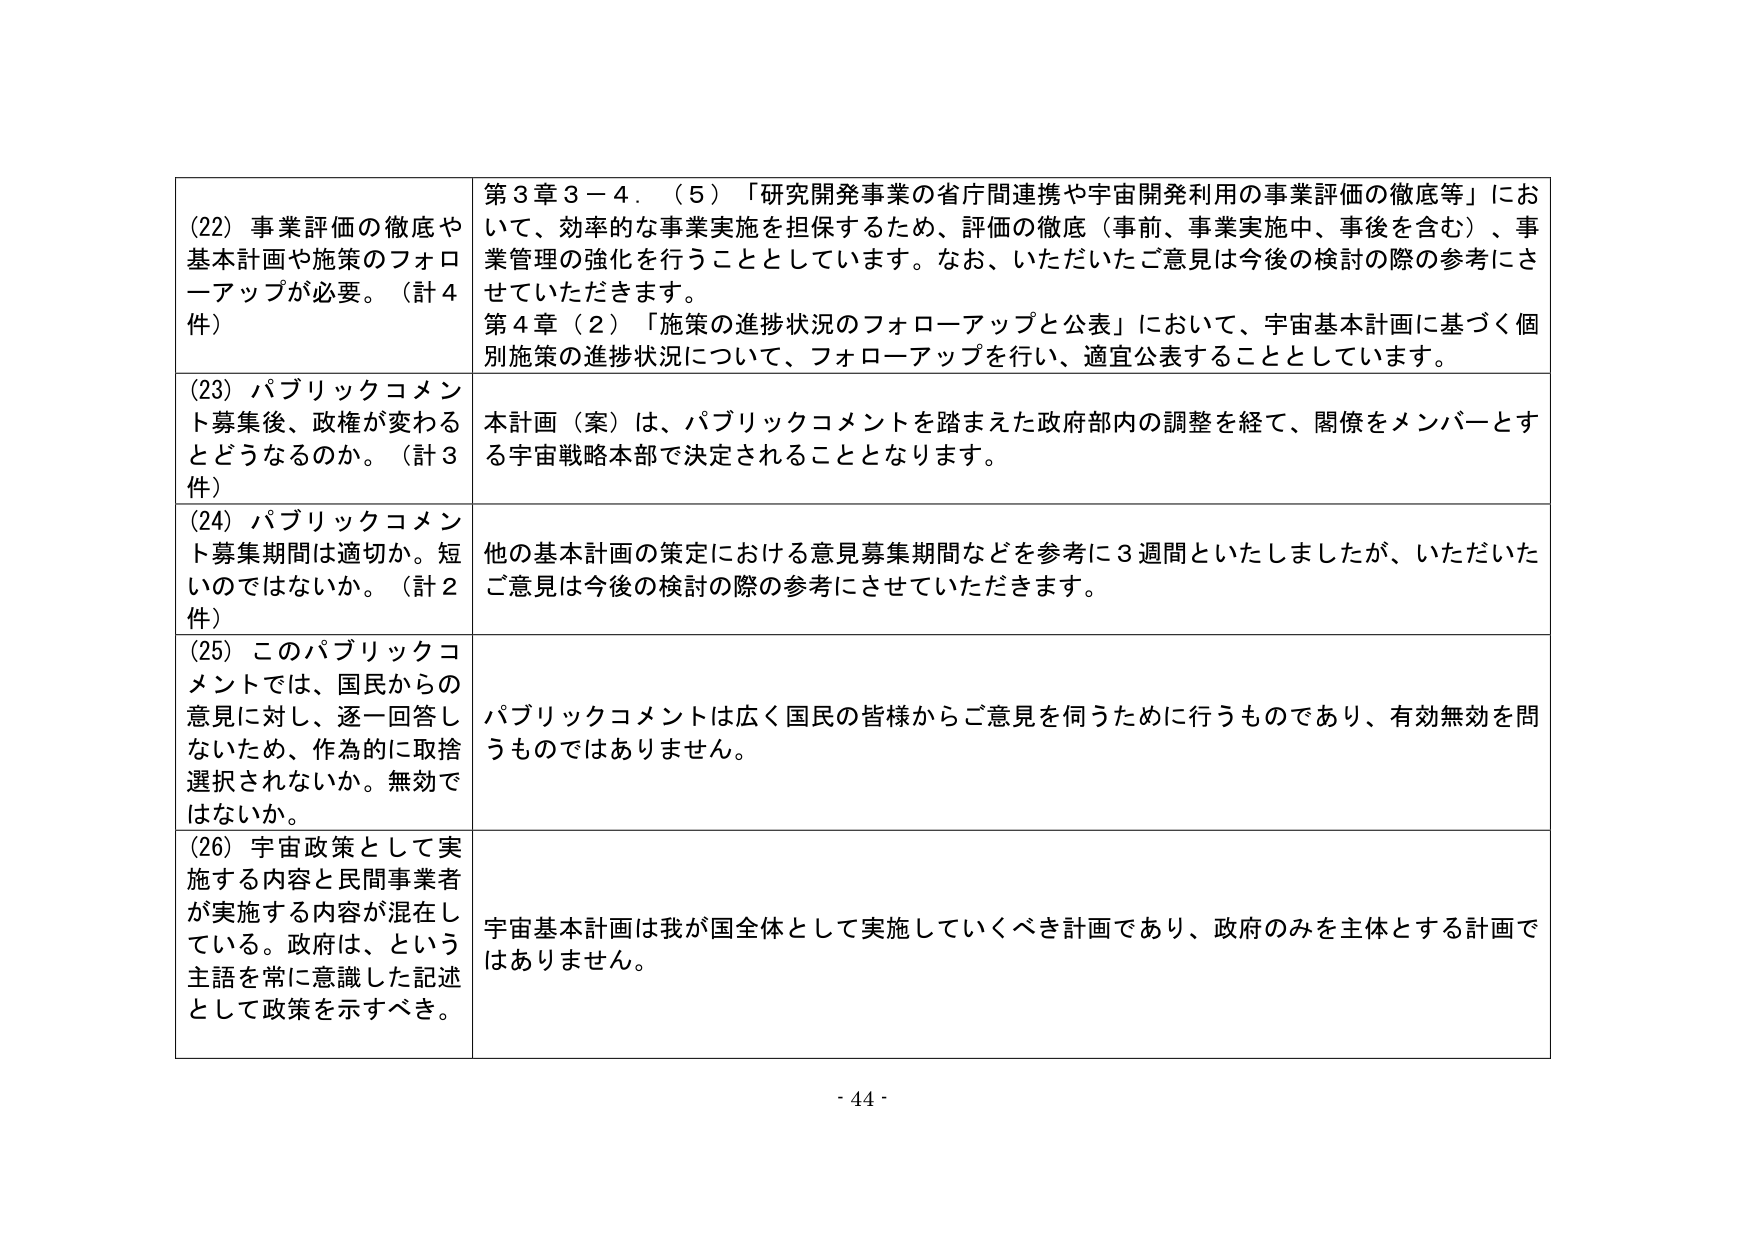
(22) 事業評価の徹底や基本計画や施策のフォローアップが必要。（計4件）

第3章3－4．（5）「研究開発事業の省庁間連携や宇宙開発利用の事業評価の徹底等」において、効率的な事業実施を担保するため、評価の徹底（事前、事業実施中、事後を含む）、事業管理の強化を行うこととしています。なお、いただいたご意見は今後の検討の際の参考にさせていただきます。

第4章（2）「施策の進捗状況のフォローアップと公表」において、宇宙基本計画に基づく個別施策の進捗状況について、フォローアップを行い、適宜公表することとしています。

(23) パブリックコメント募集後、政権が変わるとうなるのか。（計3件）

本計画（案）は、パブリックコメントを踏まえた政府部内の調整を経て、関係をメンバーとする宇宙戦略本部で決定されることとなります。

(24) パブリックコメント募集期間は適切か。短いのではないか。（計2件）

他の基本計画の策定における意見募集期間などを参考に3週間といたしましたが、いただいたご意見は今後の検討の際の参考にさせていただきます。

(25) このパブリックコメントでは、国民からの意見に対し、逐一回答しないため、作為的に取捨選択されないか。無効ではないか。

パブリックコメントは広く国民の皆様からご意見を伺うために行うものであり、有効無効を問うものではありません。

(26) 宇宙政策として実施する内容と民間事業者が実施する内容が混在している。政府は、という主語を常に意識した記述として政策を示すべき。

宇宙基本計画は我が国全体として実施していくべき計画であり、政府のみを主体とする計画ではありません。

- 44 -